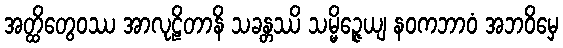
အတ္ထိတွေဝဿ အာလုဠိတာနိ သခန္တဿိ သမ္မိဉ္ဇေယျ နဝကဘာဝံ အဘဝိမှေ